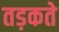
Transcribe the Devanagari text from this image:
तड़कते